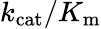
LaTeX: k_{\mathrm{{cat}}}/K_{\mathrm{{m}}}